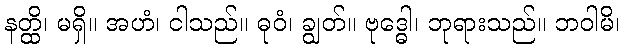
နတ္ထိ၊ မရှိ။ အဟံ၊ ငါသည်။ ဓုဝံ၊ ချွတ်။ ဗုဒ္ဓေါ၊ ဘုရားသည်။ ဘဝါမိ၊